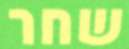
שחר